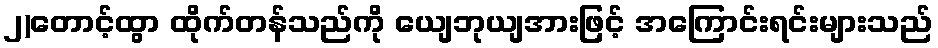
၂)တောင့်ထွာ ထိုက်တန်သည်ကို ယျေဘုယျအားဖြင့် အကြောင်းရင်းများသည်